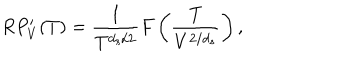
LaTeX: R P _ { V } ^ { \prime } ( T ) = \frac { 1 } { T ^ { d _ { s } / 2 } } F \left( \frac { T } { V ^ { 2 / d _ { s } } } \right) ,